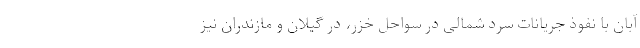
آبان با نفوذ جریانات سرد شمالی در سواحل خزر، در گیلان و مازندران نیز